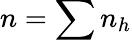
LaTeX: n=\sum n_{h}